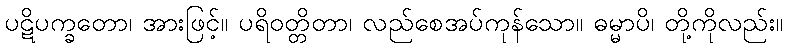
ပဋိပက္ခတော၊ အားဖြင့်။ ပရိဝတ္တိတာ၊ လည်စေအပ်ကုန်သော။ ဓမ္မာပိ၊ တို့ကိုလည်း။